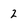
Character: 2